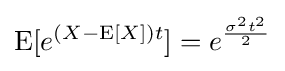
\operatorname {E} [e^{(X-\operatorname {E} [X])t}]=e^{\frac {\sigma ^{2}t^{2}}{2}}